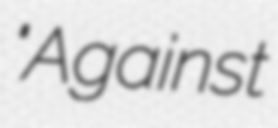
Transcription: "Against